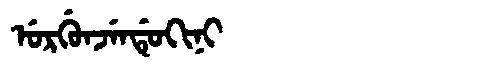
Manchu: ᡠᡵᡤᡠᠨᠵᡝᠨᡩᡠᡴᡳᠨᡳ
Romanization: URGUNJENDUKINI